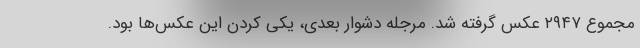
مجموع ۲۹۴۷ عکس گرفته شد. مرجله دشوار بعدی، یکی کردن این عکس‌ها بود.